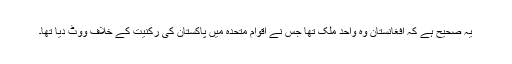
یہ صحیح ہے کہ افغانستان وہ واحد ملک تھا جس نے اقوام متحدہ میں پاکستان کی رکنیت کے خلاف ووٹ دیا تھا۔